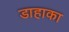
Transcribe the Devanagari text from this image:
डाहाका